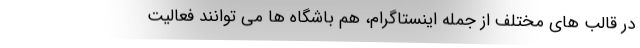
در قالب های مختلف از جمله اینستاگرام، هم باشگاه ها می توانند فعالیت